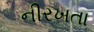
નીરખતા